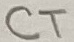
Text: CT